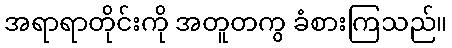
အရာရာတိုင်းကို အတူတကွ ခံစားကြသည်။